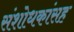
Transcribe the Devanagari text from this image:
संशोधकांसह